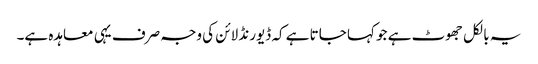
یہ بالکل جھوٹ ہے جو کہا جاتا ہے کہ ڈیورنڈ لائن کی وجہ صرف یہی معاہدہ ہے۔